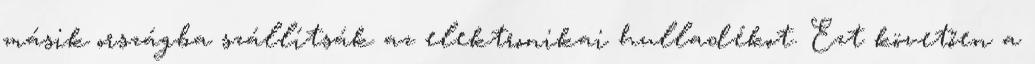
másik országba szállítsák az elektronikai hulladékot. Ezt követően a